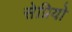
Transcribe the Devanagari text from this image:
सेप्रियो